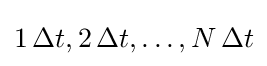
1\,\Delta t,2\,\Delta t,\ldots ,N\,\Delta t